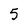
Character: 5